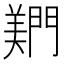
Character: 𬮎